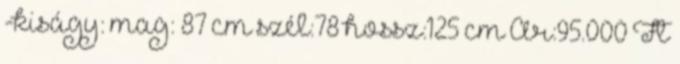
-kiságy: mag: 87 cm szél:78 hossz:125 cm Ár:95.000 Ft